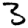
Digit: 3